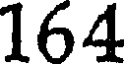
164